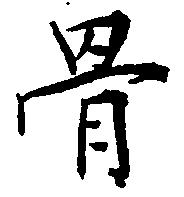
骨